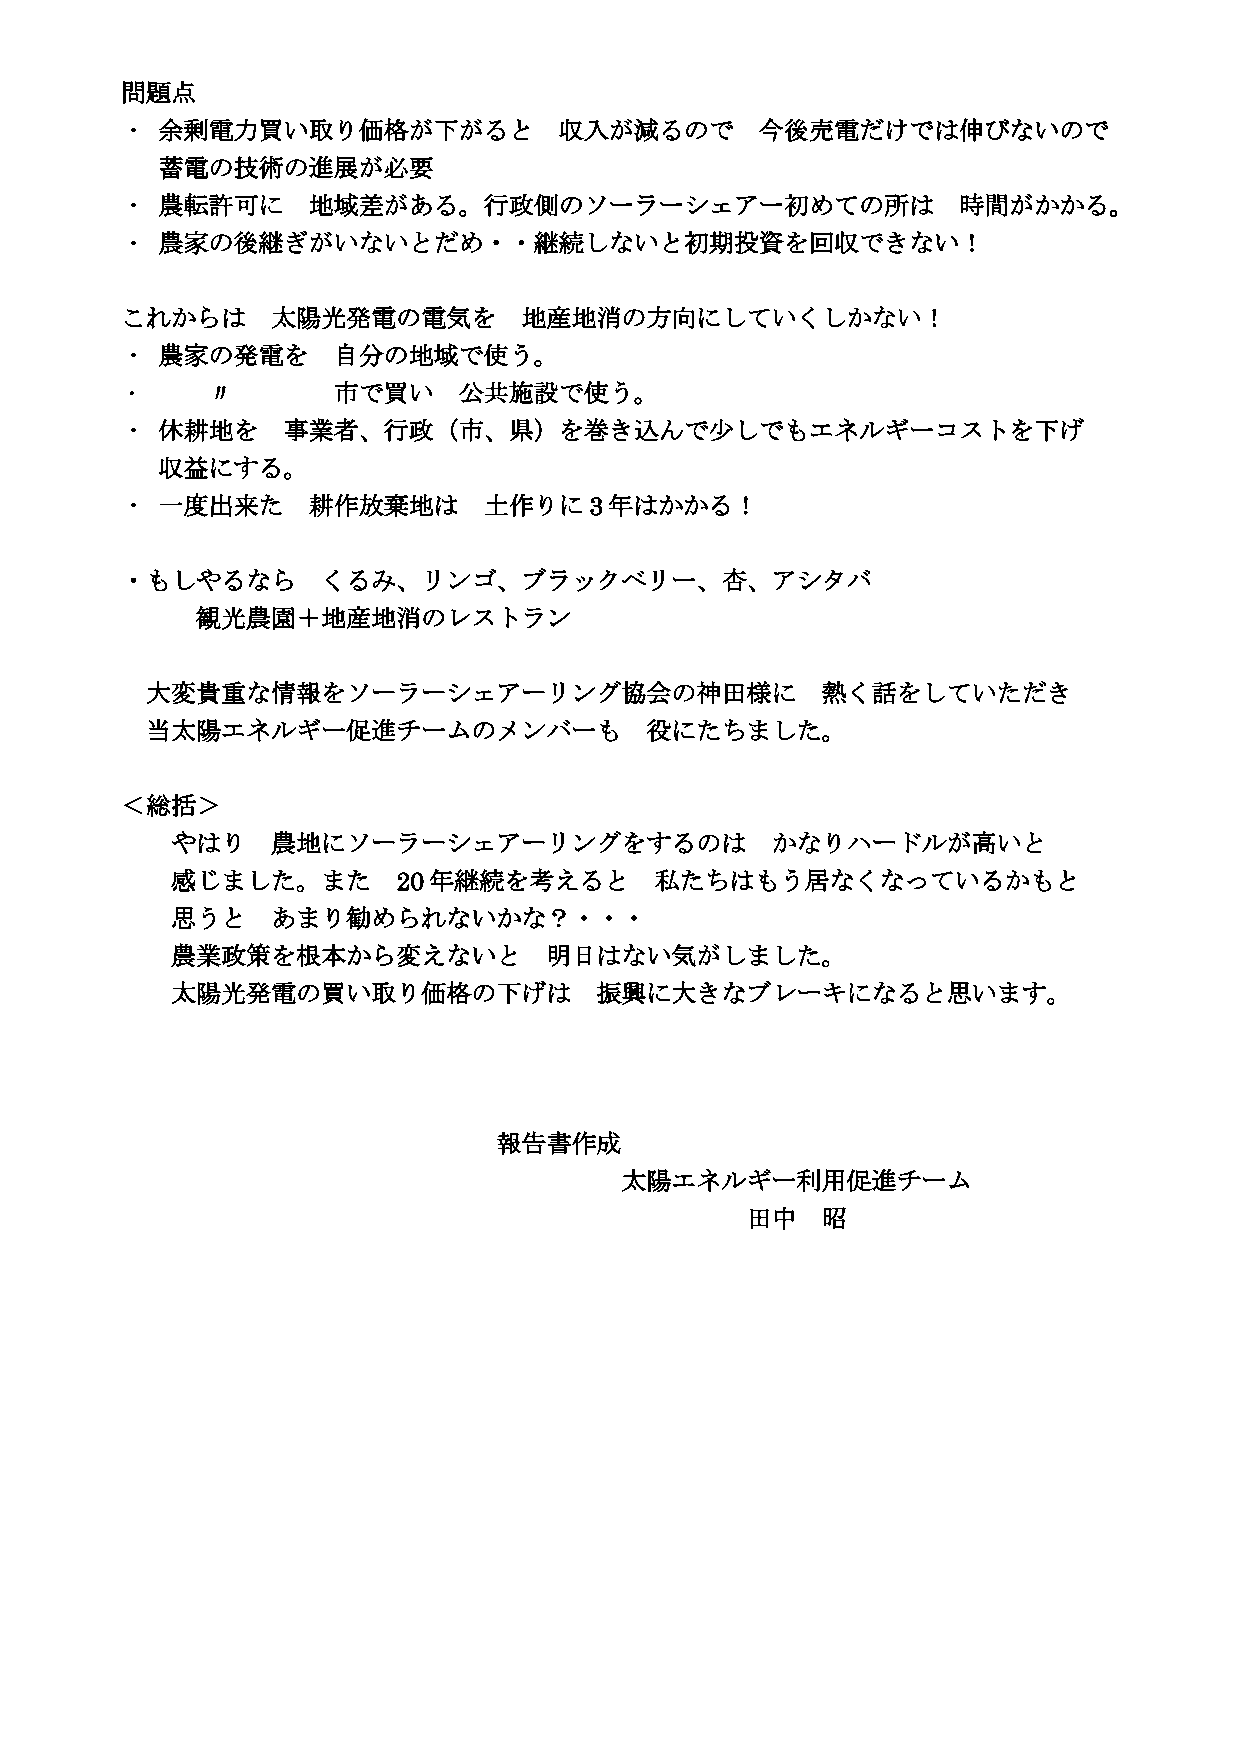
問題点
 ・ 余剰電力買い取り価格が下がると            収入が減るので      今後売電だけでは伸びないので
 蓄電の技術の進展が必要
 ・ 農転許可に     地域差がある。行政側のソーラーシェアー初めての所は                  時間がかかる。
 ・ 農家の後継ぎがいないとだめ・・継続しないと初期投資を回収できない！
 これからは     太陽光発電の電気を        地産地消の方向にしていくしかない！
 ・ 農家の発電を      自分の地域で使う。
 ・     〃       市で買い    公共施設で使う。
 ・ 休耕地を     事業者、行政（市、県）を巻き込んで少しでもエネルギーコストを下げ
 収益にする。
 ・ 一度出来た     耕作放棄地は      土作りに3年はかかる！
 ・もしやるなら      くるみ、リンゴ、ブラックベリー、杏、アシタバ
 観光農園＋地産地消のレストラン
 大変貴重な情報をソーラーシェアーリング協会の神田様に                  熱く話をしていただき
 当太陽エネルギー促進チームのメンバーも              役にたちました。
 ＜総括＞
 やはり    農地にソーラーシェアーリングをするのは              かなりハードルが高いと
 感じました。また       20年継続を考えると       私たちはもう居なくなっているかもと
 思うと    あまり勧められないかな？・・・
 農業政策を根本から変えないと           明日はない気がしました。
 太陽光発電の買い取り価格の下げは            振興に大きなブレーキになると思います。
 報告書作成
 太陽エネルギー利用促進チーム
 田中   昭